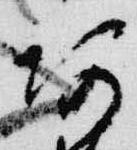
阿